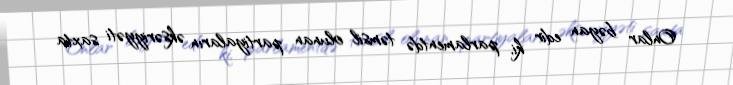
Onlar bəyan edir ki, parlamentdə təmsil olunan partiyaların əksəriyyəti saxta